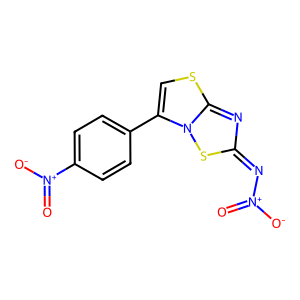
SMILES: O=[N+]([O-])N=c1nc2scc(-c3ccc([N+](=O)[O-])cc3)n2s1
Inhibits HIV replication: No